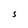
Character: S